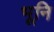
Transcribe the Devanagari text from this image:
भूनि